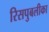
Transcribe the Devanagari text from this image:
रिसपुबलीका